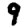
Digit: 9